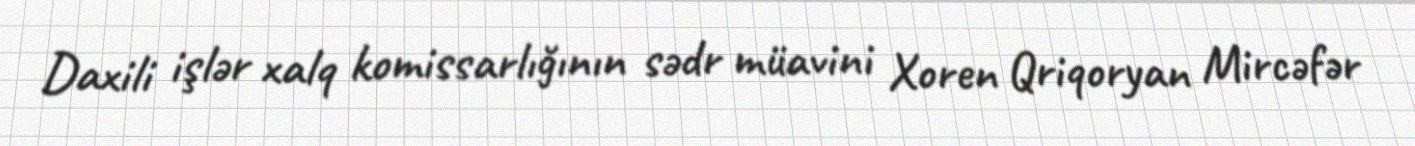
Daxili işlər xalq komissarlığının sədr müavini Xoren Qriqoryan Mircəfər